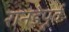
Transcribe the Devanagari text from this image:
रानडेपूर्व